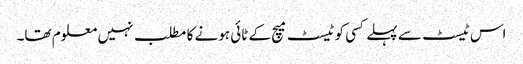
اس ٹیسٹ سے پہلے کسی کو ٹیسٹ میچ کے ٹائی ہونے کا مطلب نہیں معلوم تھا۔